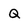
Character: Q